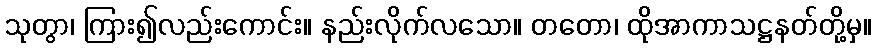
သုတွာ၊ ကြား၍လည်းကောင်း။ နည်းလိုက်လသော။ တတော၊ ထိုအာကာသဋ္ဌနတ်တို့မှ။